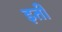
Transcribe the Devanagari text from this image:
इती